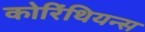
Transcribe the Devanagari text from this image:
कोरिंथियन्स